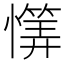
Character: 𱟕